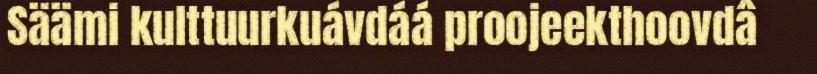
Säämi kulttuurkuávdáá proojeekthoovdâ